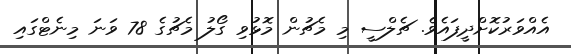
އެއްވަރުކޮށްދީފައެވެ. ޗެލްސީ މި މެޗުން މޮޅުވި ގޯލު މެޗުގެ 78 ވަނަ މިނެޓްގައި